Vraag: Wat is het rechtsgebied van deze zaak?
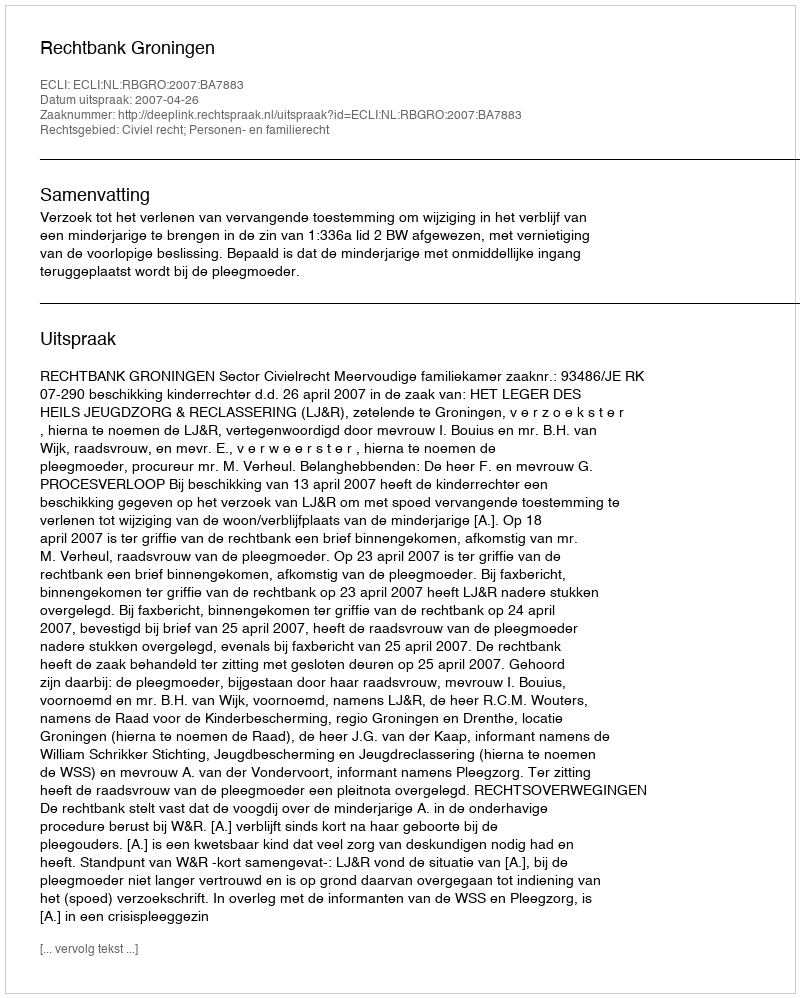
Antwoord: Civiel recht; Personen- en familierecht